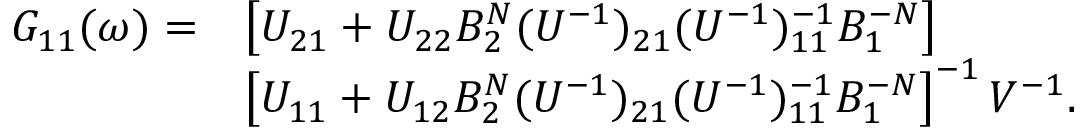
\begin{array} { r l } { G _ { 1 1 } ( \omega ) = } & { \left[ U _ { 2 1 } + U _ { 2 2 } B _ { 2 } ^ { N } ( U ^ { - 1 } ) _ { 2 1 } ( U ^ { - 1 } ) _ { 1 1 } ^ { - 1 } B _ { 1 } ^ { - N } \right] } \\ & { \left[ U _ { 1 1 } + U _ { 1 2 } B _ { 2 } ^ { N } ( U ^ { - 1 } ) _ { 2 1 } ( U ^ { - 1 } ) _ { 1 1 } ^ { - 1 } B _ { 1 } ^ { - N } \right] ^ { - 1 } V ^ { - 1 } . } \end{array}